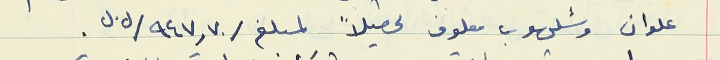
علوان وشلهوب معلوف تحصيلاً لمبلغ /947,70/ل.ل.